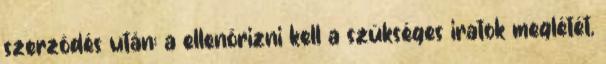
szerzõdés után: a ellenõrizni kell a szükséges iratok meglétét,